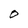
Character: O